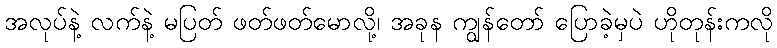
အလုပ်နဲ့ လက်နဲ့ မပြတ် ဖတ်ဖတ်မောလို့၊ အခုန ကျွန်တော် ပြောခဲ့မှပဲ ဟိုတုန်းကလို